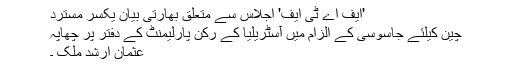
'ایف اے ٹی ایف' اجلاس سے متعلق بھارتی بیان یکسر مسترد
چین کیلئے جاسوسی کے الزام میں آسٹریلیا کے رکن پارلیمنٹ کے دفتر پر چھاپہ
عثمان ارشد ملک ۔